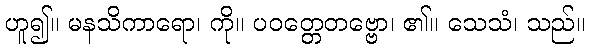
ဟူ၍။ မနသိကာရော၊ ကို။ ပဝတ္တေတဗ္ဗော၊ ၏။ သေသံ၊ သည်။